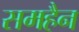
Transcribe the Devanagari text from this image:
समहैन